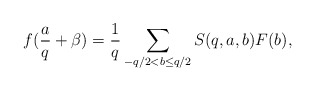
\begin{align*}f(\frac{a}{q}+\beta)=\frac{1}{q}\sum_{-q/2<b\le q/2}S(q,a,b)F(b),\end{align*}